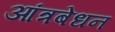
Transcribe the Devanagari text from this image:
आंत्रबेधन